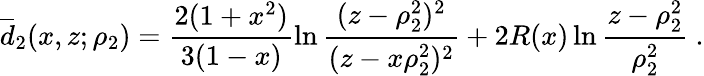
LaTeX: \overline{{d}}_{2}(x,z;\rho_{2})=\frac{2(1+x^{2})}{3(1-x)}\ln\frac{(z-\rho_{2}^{2})^{2}}{(z-x\rho_{2}^{2})^{2}}+2R(x)\ln\frac{z-\rho_{2}^{2}}{\rho_{2}^{2}}\ .